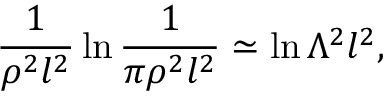
\frac { 1 } { \rho ^ { 2 } l ^ { 2 } } \ln \frac { 1 } { \pi \rho ^ { 2 } l ^ { 2 } } \simeq \ln \Lambda ^ { 2 } l ^ { 2 } ,